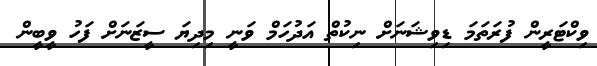
ވިކްޓަރީން ފުރަތަމަ ޑިވިޝަނަށް ނިކުތް އަދުހަމް ވަނީ މިދިޔަ ސީޒަނަށް ފަހު ވީބީން